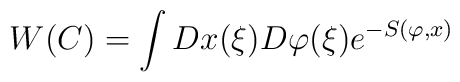
W(C)=\int Dx(\xi )D\varphi (\xi )e^{-S(\varphi ,x)}